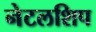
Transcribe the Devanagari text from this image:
नेटलशिप